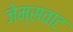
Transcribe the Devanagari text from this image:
जेम्सवाट